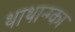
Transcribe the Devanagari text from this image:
थाथान्ग्का